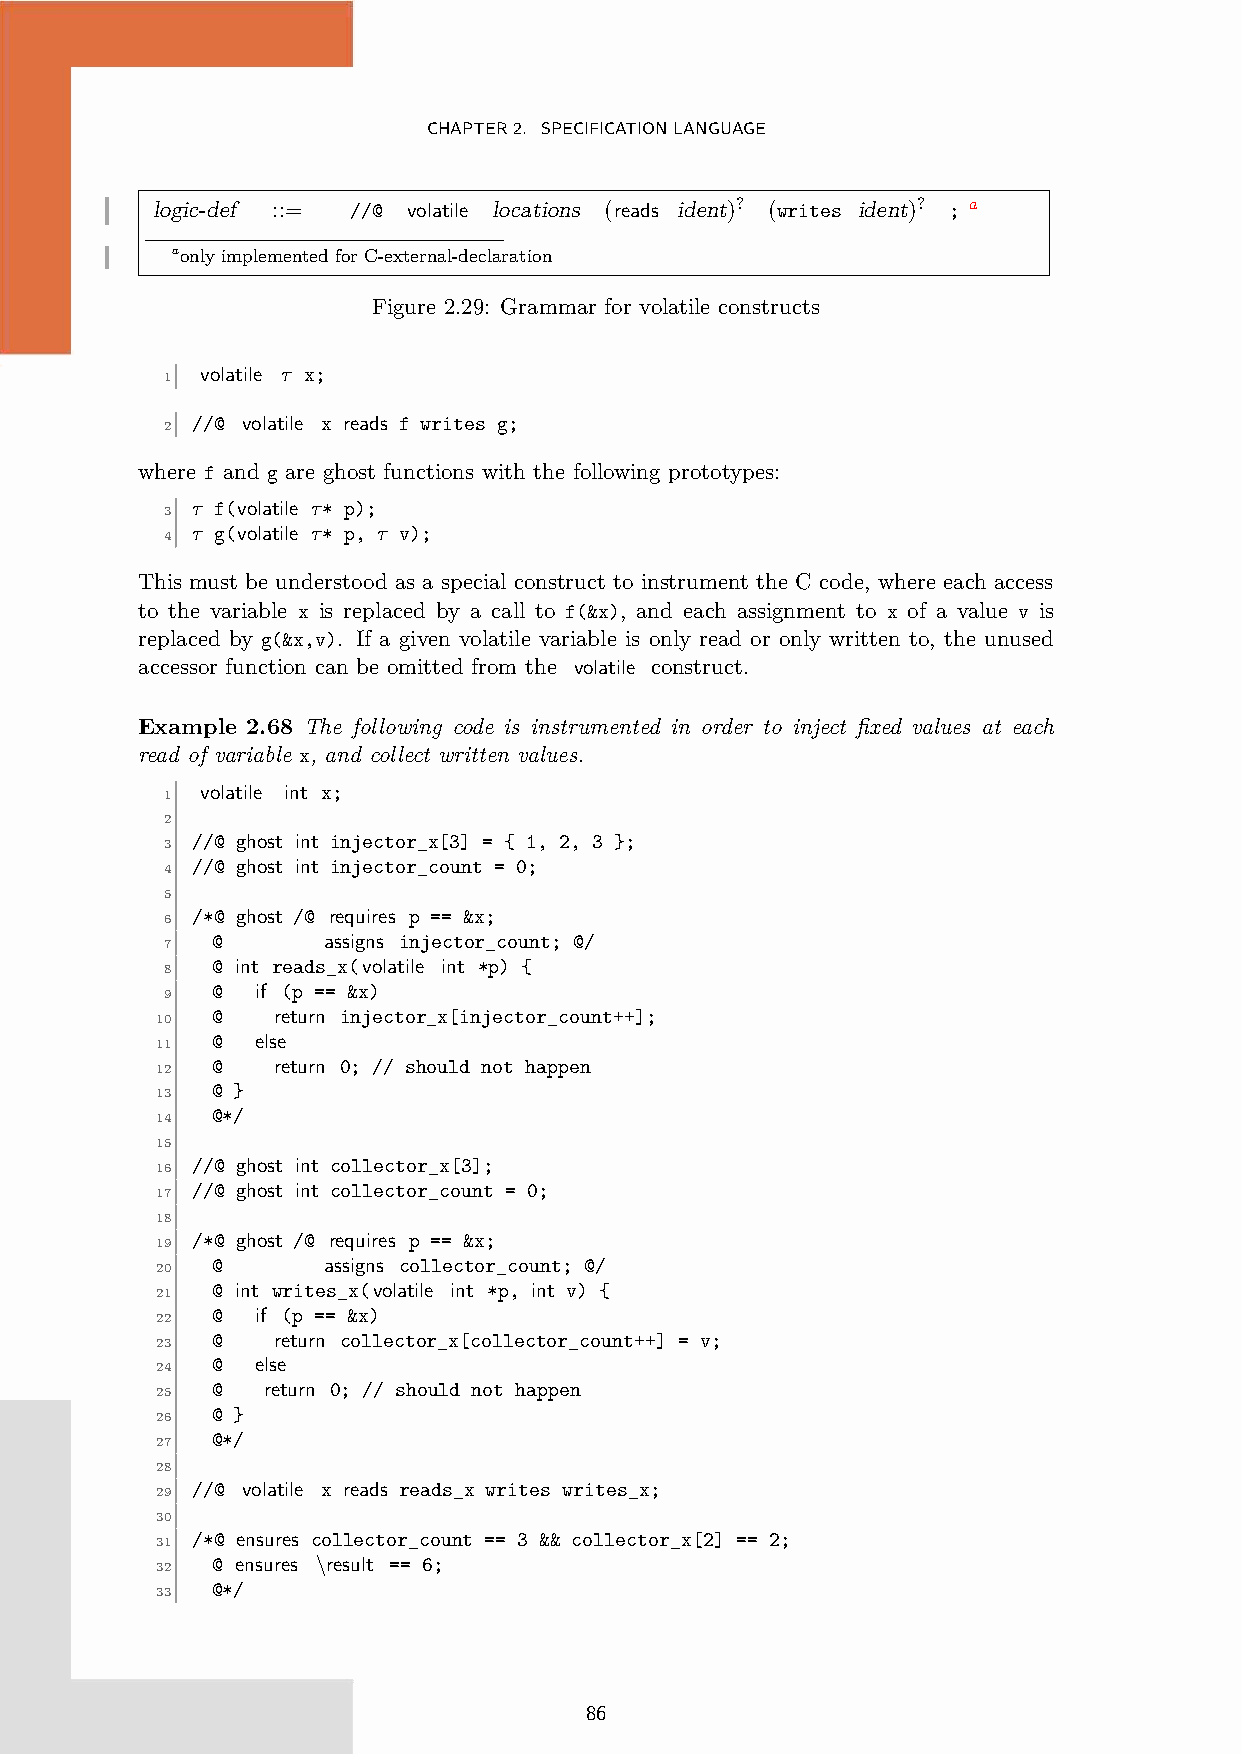
CHAPTER2. SPECIFICATIONLANGUAGE
 logic-def ::= //@ volatile locations (reads ident)? (writes ident)? ; a
 aonly implemented for C-external-declaration
 Figure 2.29: Grammar for volatile constructs
 volatile τ x;
 1
 //@ volatile x reads f writes g;
 2
 where f and g are ghost functions with the following prototypes:
 τ f(volatile τ* p);
 3
 τ g(volatile τ* p, τ v);
 4
 This must be understood as a special construct to instrument the C code, where each access
 to the variable x is replaced by a call to f(&x), and each assignment to x of a value v is
 replaced by g(&x,v). If a given volatile variable is only read or only written to, the unused
 accessor function can be omitted from the volatile construct.
 Example 2.68 The following code is instrumented in order to inject fixed values at each
 read of variable x, and collect written values.
 volatile int x;
 1
 2
 //@ ghost int injector_x[3] = { 1, 2, 3 };
 3
 //@ ghost int injector_count = 0;
 4
 5
 /*@ ghost /@ requires p == &x;
 6
 @      assigns injector_count; @/
 7
 @ int reads_x(volatile int *p) {
 8
 @  if (p == &x)
 9
 @   return injector_x[injector_count++];
 10
 @  else
 11
 @   return 0; // should not happen
 12
 @ }
 13
 @*/
 14
 15
 //@ ghost int collector_x[3];
 16
 //@ ghost int collector_count = 0;
 17
 18
 /*@ ghost /@ requires p == &x;
 19
 @      assigns collector_count; @/
 20
 @ int writes_x(volatile int *p, int v) {
 21
 @  if (p == &x)
 22
 @   return collector_x[collector_count++] = v;
 23
 @  else
 24
 @  return 0; // should not happen
 25
 @ }
 26
 @*/
 27
 28
 //@ volatile x reads reads_x writes writes_x;
 29
 30
 /*@ ensures collector_count == 3 && collector_x[2] == 2;
 31
 @ ensures \result == 6;
 32
 @*/
 33
 86